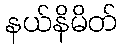
နယ်နိမိတ်